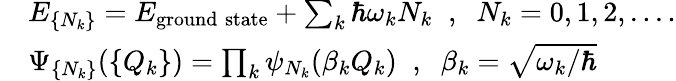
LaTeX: \begin{array}{rl}&{E_{\{ N_{k}\} }=E_{\mathrm{ground\; state}}+\sum_{k}\hbar\omega_{k}N_{k}\; \; ,\; \; N_{k}=0,1,2,....}\\ &{\Psi_{\{ N_{k}\} }(\{ Q_{k}\} )=\prod_{k}\psi_{N_{k}}(\beta_{k}Q_{k})\; \; ,\; \; \beta_{k}=\sqrt{\omega_{k}/\hbar}}\end{array}